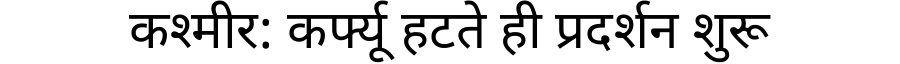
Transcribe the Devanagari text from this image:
कश्मीर: कर्फ्यू हटते ही प्रदर्शन शुरू